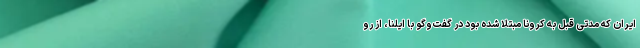
ایران که مدتی قبل به کرونا مبتلا شده بود در گفت‌وگو با ایلنا، از رو